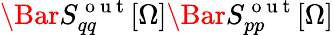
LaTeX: \Bar{S}_{qq}^{\mathrm{~o~u~t~}}[\Omega]\Bar{S}_{pp}^{\mathrm{~o~u~t~}}[\Omega]